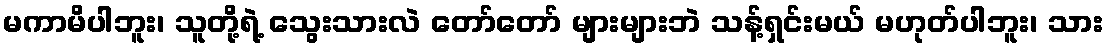
မကာမိပါဘူး၊ သူတို့ရဲ့ သွေးသားလဲ တော်တော် များများဘဲ သန့်ရှင်းမယ် မဟုတ်ပါဘူး၊ သား